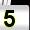
Digit: 5